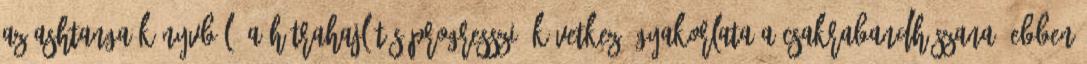
az Ashtanga-könyvből: A hátrahajlítás-progresszió következő gyakorlata a csakrabandhászana. Ebben